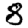
Digit: 8